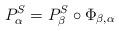
LaTeX: \begin{align*}P_{\alpha }^{S}=P_{\beta }^{S}\circ \Phi _{\beta ,\alpha }\end{align*}